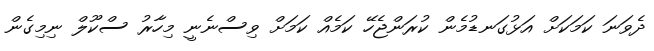
ދެވަނަ ކަމަކަށް އަޅުގަނޑުމެން ކުރަންޖެހޭ ކަމެއް ކަމަށް ވިސްނެނީ މިހާރު ސްކޫލް ނިމިގެން